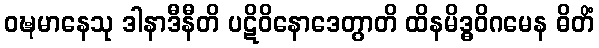
ဝဍ္ဎမာနေသု ဒါနာဒီနီတိ ပဋိဝိနောဒေတွာတိ ထိနမိဒ္ဓဝိဂမေန ဓိတိံ